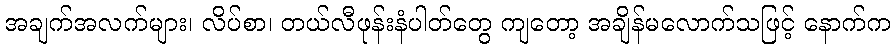
အချက်အလက်များ၊ လိပ်စာ၊ တယ်လီဖုန်းနံပါတ်တွေ ကျတော့ အချိန်မလောက်သဖြင့် နောက်က